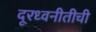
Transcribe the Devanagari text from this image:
दूरध्वनीतीची